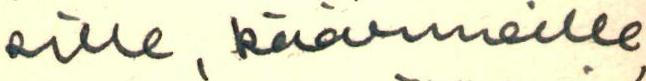
sille, käärmeille,